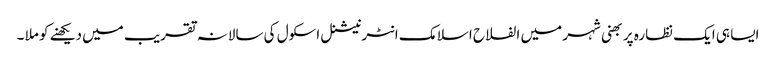
ایسا ہی ایک نظارہ پربھنی شہر میں الفلاح اسلامک انٹرنیشنل اسکول کی سالانہ تقریب میں دیکھنے کو ملا ۔